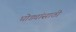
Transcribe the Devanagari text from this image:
घोड्यांसाठी